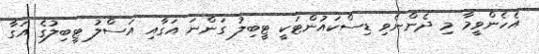
އެހެންވީމާ މި ދެންނެވި ޑިސްކައުންޓަކީ ޓީބިލު ގަންނަ އަގާއި އަސްލު ޓީބިލުގެ އަގާ